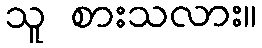
သူ စားသလား။